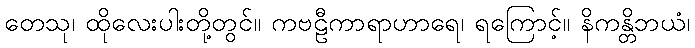
တေသု၊ ထိုလေးပါးတို့တွင်။ ကဗဠီကာရာဟာရေ၊ ရကြောင့်။ နိကန္တိဘယံ၊